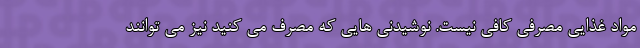
مواد غذایی مصرفی کافی نیست. نوشیدنی هایی که مصرف می کنید نیز می توانند